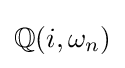
\mathbb {Q} (i,\omega _{n})